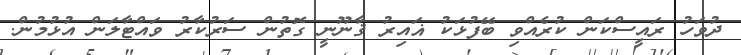
ދުވަހު ރައީސްކަން ކުރެއްވި ބޭފުޅަކު ޣައިރު ޤާނޫނީ ގޮތުން ސަރުކާރު ވައްޓާލަން އުޅުމުން.